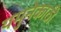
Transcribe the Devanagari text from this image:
यमुनेकाठी